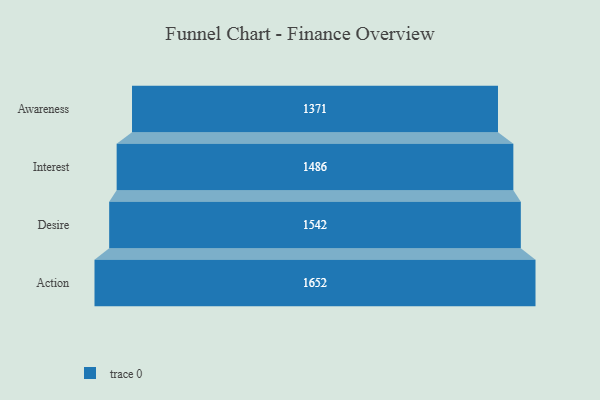
{"axis": {"x": "Stage", "y": "Value"}, "legend": [""], "data": [{"x": "Awareness", "y": 1371.0, "type": ""}, {"x": "Interest", "y": 1486.0, "type": ""}, {"x": "Desire", "y": 1542.0, "type": ""}, {"x": "Action", "y": 1652.0, "type": ""}]}